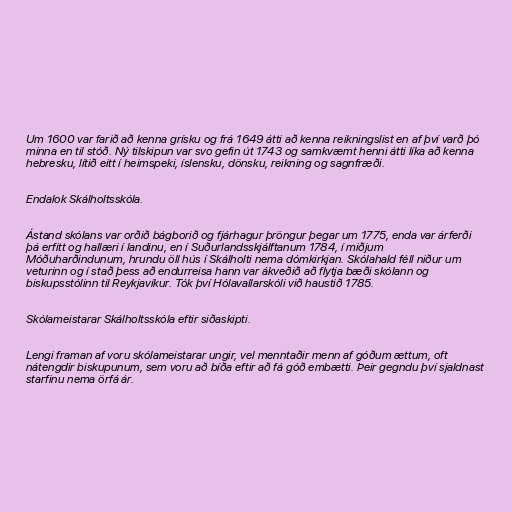
Um 1600 var farið að kenna grísku og frá 1649 átti að kenna reikningslist en af því varð þó
minna en til stóð. Ný tilskipun var svo gefin út 1743 og samkvæmt henni átti líka að kenna
hebresku, lítið eitt í heimspeki, íslensku, dönsku, reikning og sagnfræði.

Endalok Skálholtsskóla.

Ástand skólans var orðið bágborið og fjárhagur þröngur þegar um 1775, enda var árferði
þá erfitt og hallæri í landinu, en í Suðurlandsskjálftanum 1784, í miðjum
Móðuharðindunum, hrundu öll hús í Skálholti nema dómkirkjan. Skólahald féll niður um
veturinn og í stað þess að endurreisa hann var ákveðið að flytja bæði skólann og
biskupsstólinn til Reykjavíkur. Tók því Hólavallarskóli við haustið 1785.

Skólameistarar Skálholtsskóla eftir siðaskipti.

Lengi framan af voru skólameistarar ungir, vel menntaðir menn af góðum ættum, oft
nátengdir biskupunum, sem voru að bíða eftir að fá góð embætti. Þeir gegndu því sjaldnast
starfinu nema örfá ár.